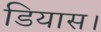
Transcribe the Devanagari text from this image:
डियास।